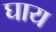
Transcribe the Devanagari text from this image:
घाय